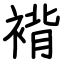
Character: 褙